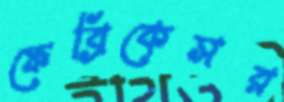
ফেব্রিকেসর